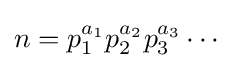
n=p_{1}^{a_{1}}p_{2}^{a_{2}}p_{3}^{a_{3}}\cdots